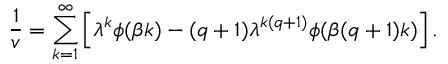
\frac 1 v = \sum _ { k = 1 } ^ { \infty } \left[ \lambda ^ { k } \phi ( \beta k ) - ( q + 1 ) \lambda ^ { k ( q + 1 ) } \phi ( \beta ( q + 1 ) k ) \right] .